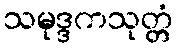
သမုဒ္ဒကသုတ္တံ